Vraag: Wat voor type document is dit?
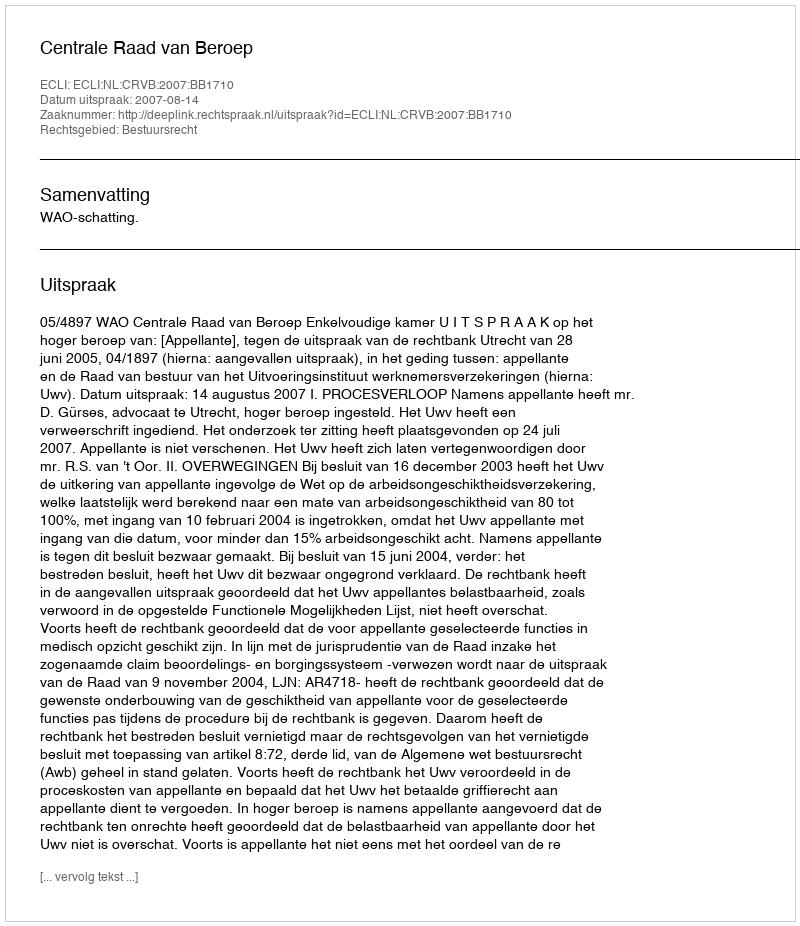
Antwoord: Uitspraak